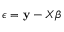
\boldsymbol { \epsilon } = \mathbf { y } - \boldsymbol { X } \boldsymbol { \beta }